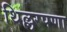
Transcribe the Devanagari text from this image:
थिल्लरपणा